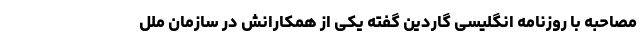
مصاحبه با روزنامه انگلیسی گاردین گفته یکی از همکارانش در سازمان ملل